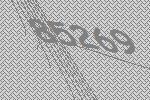
85269